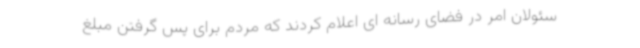
سئولان امر در فضای رسانه ای اعلام کردند که مردم برای پس گرفتن مبلغ